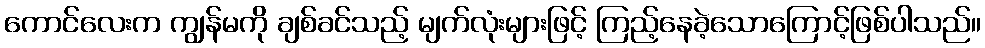
ကောင်လေးက ကျွန်မကို ချစ်ခင်သည့် မျက်လုံးများဖြင့် ကြည့်နေခဲ့သောကြောင့်ဖြစ်ပါသည်။